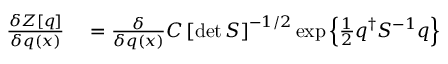
\begin{array} { r l } { \frac { \delta Z [ q ] } { \delta q ( x ) } } & { { } = \frac { \delta } { \delta q ( x ) } C \left[ \operatorname* { d e t } S \right] ^ { - 1 / 2 } \exp \left\{ \frac { 1 } { 2 } q ^ { \dagger } S ^ { - 1 } q \right\} } \end{array}